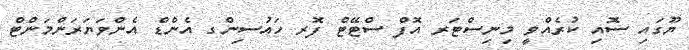
ޔޫގައި ސޮއި ކުރެއްވީ މިނިސްޓަރ އޮފް ސްޓޭޓް ފޮރ ހައުސިންގ އެންޑް އެންވަޔަރަންމަންޓް